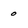
Character: 0